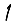
Digit: 1